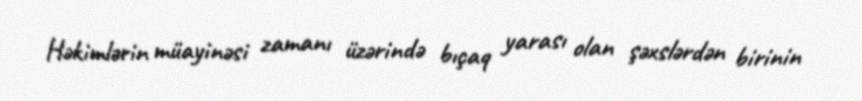
Həkimlərin müayinəsi zamanı üzərində bıçaq yarası olan şəxslərdən birinin